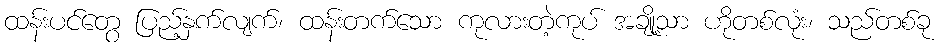
ထန်းပင်တွေ ပြည့်နှက်လျက်၊ ထန်းတက်သော ကုလားတဲ့ကုပ် အချို့သာ ဟိုတစ်လုံး၊ သည်တစ်ခု